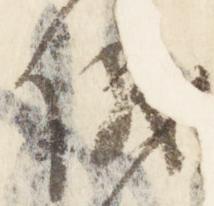
儀